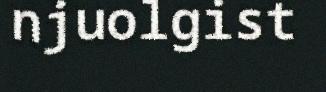
njuolgist